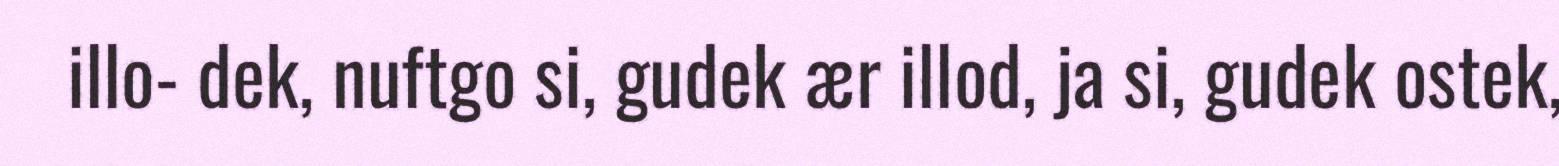
illo- dek, nuftgo si, gudek ær illod, ja si, gudek ostek,